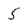
Character: 5